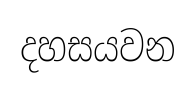
දහසයවන